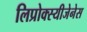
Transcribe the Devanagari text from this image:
लिप्रोक्स्यीजेनेस